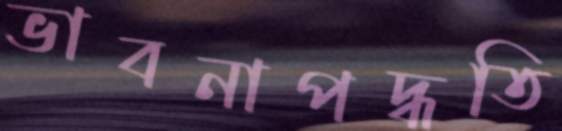
ভাবনাপদ্ধতি